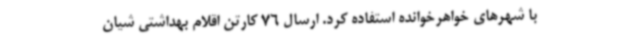
با شهرهای خواهرخوانده استفاده کرد. ارسال 76 کارتن اقلام بهداشتی شیان